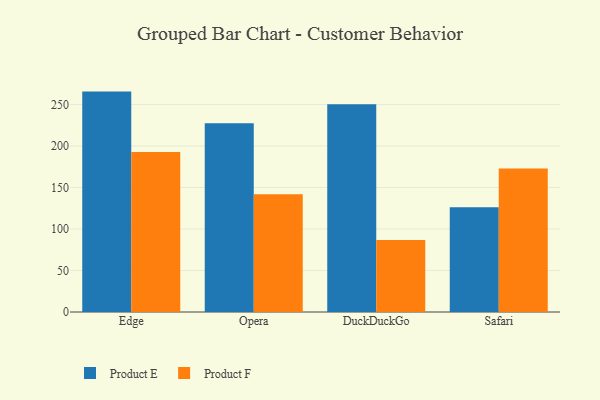
{"axis": {"x": "Browser", "y": "Latency (ms)"}, "legend": ["Product E", "Product F"], "data": [{"x": "Edge", "y": 265.5, "type": "Product E"}, {"x": "Edge", "y": 192.7, "type": "Product F"}, {"x": "Opera", "y": 227.4, "type": "Product E"}, {"x": "Opera", "y": 141.9, "type": "Product F"}, {"x": "DuckDuckGo", "y": 250.2, "type": "Product E"}, {"x": "DuckDuckGo", "y": 86.7, "type": "Product F"}, {"x": "Safari", "y": 126.2, "type": "Product E"}, {"x": "Safari", "y": 172.9, "type": "Product F"}]}